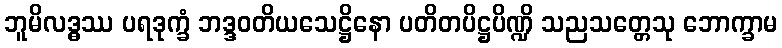
ဘူမိလဒ္ဓဿ ပရဒုက္ခံ ဘဒ္ဒဝတိယသေဋ္ဌိနော ပတိတပိဋ္ဌပိဏ္ဍိ သညသတ္တေသု ဘောက္ခာမ